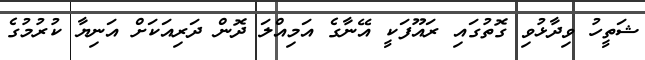
ޝަތީހު ވިދާޅުވި ގޮތުގައި ރައޫފަކީ އޭނާގެ އަމިއްލަ ދޮން ދަރިއަކަށް އަނިޔާ ކުރުމުގެ